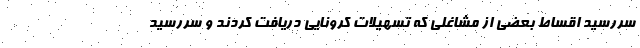
سررسید اقساط بعضی از مشاغلی که تسهیلات کرونایی دریافت کردند و سررسید